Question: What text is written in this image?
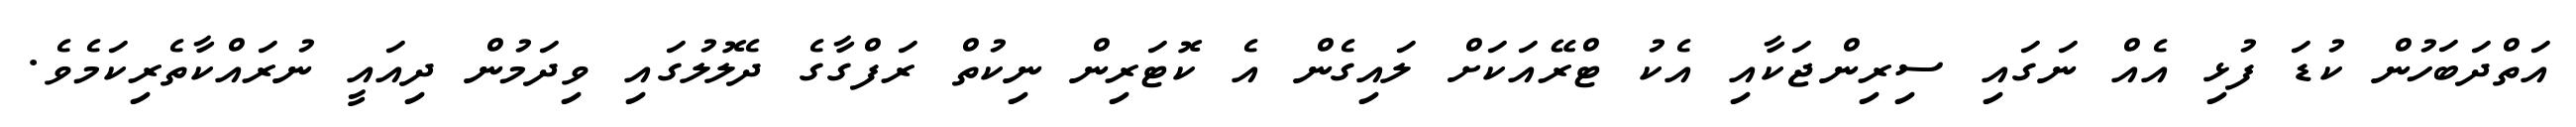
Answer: އަތްދަބަހުން ކުޑަ ފުޅި އެއް ނަގައި ސިރިންޖަކާއި އެކު ޓްރޭއަކަށް ލައިގެން އެ ކޮޓަރިން ނިކުތް ރަފްގާގެ ދެލޮލުގައި ވިދަމުން ދިއައީ ނުރައްކާތެރިކަމެވެ.